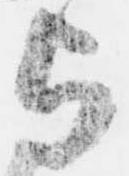
与